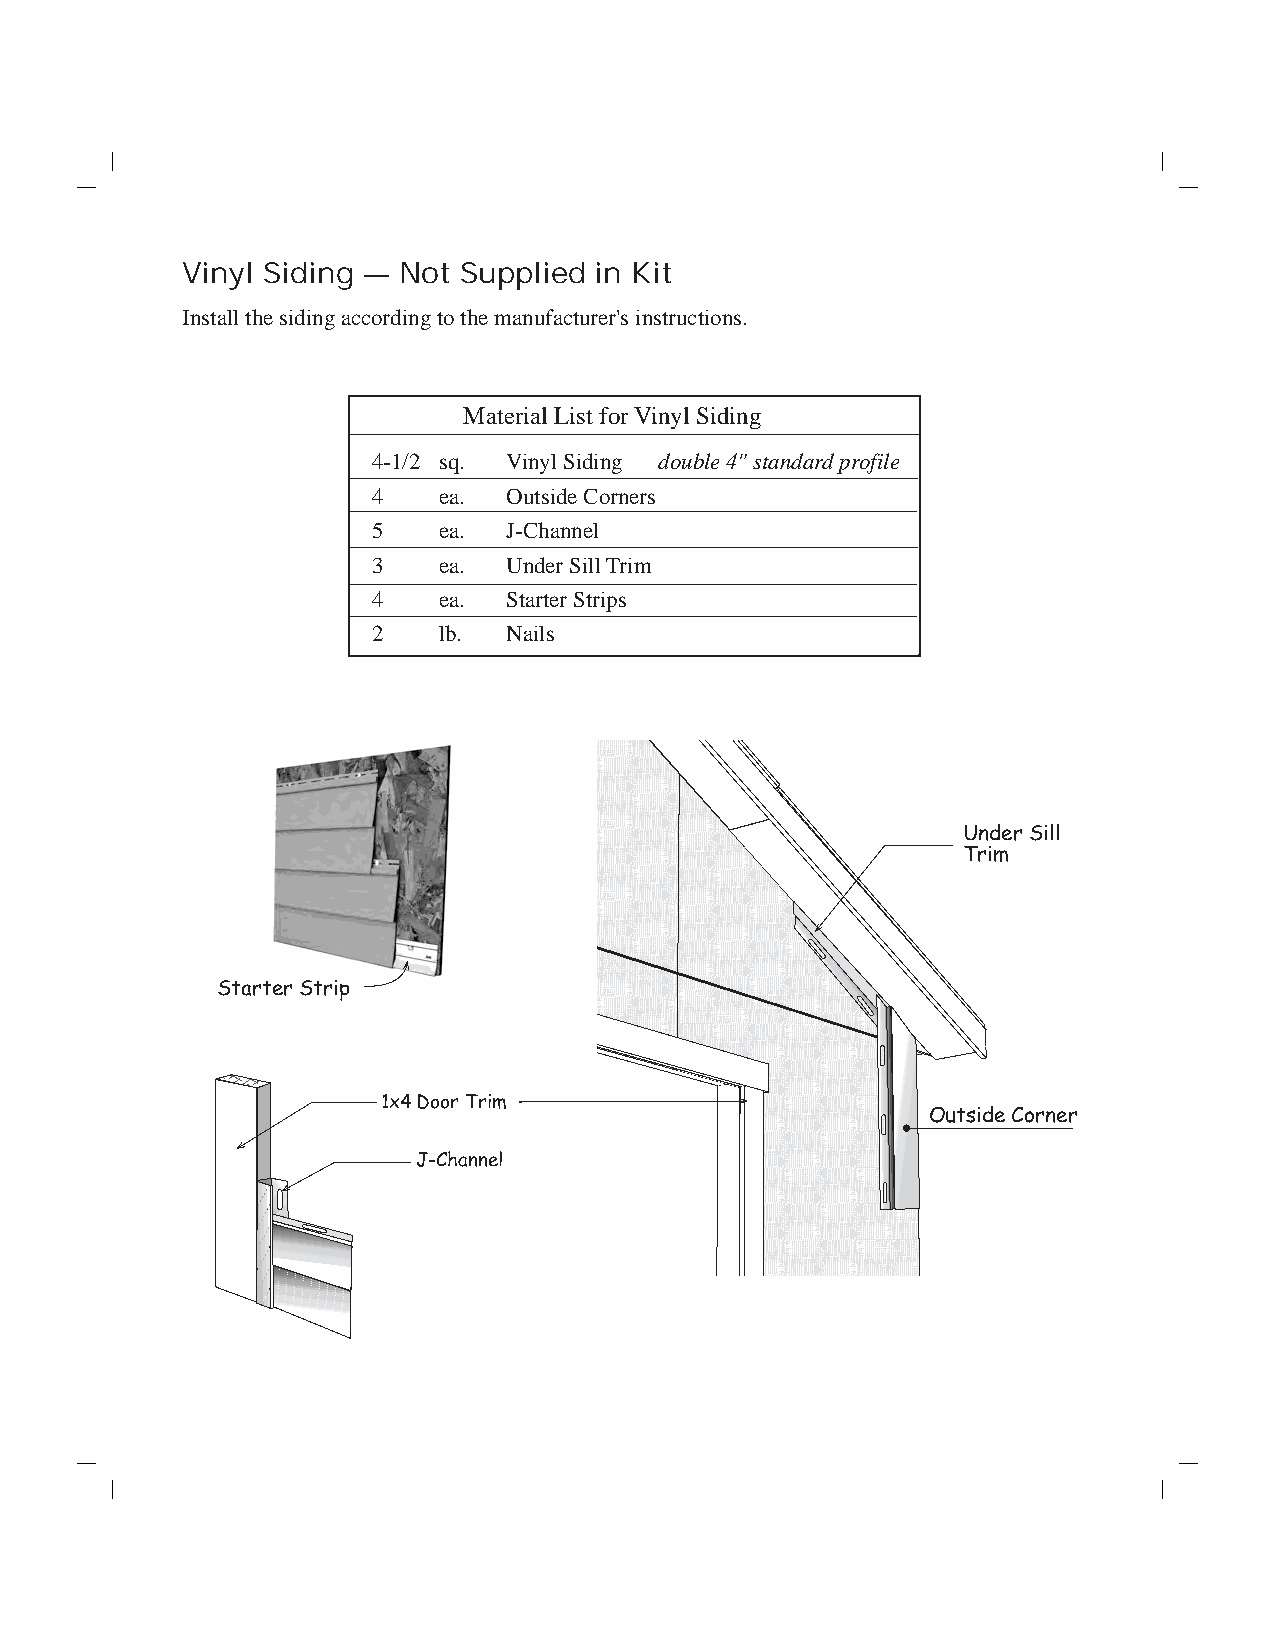
Vinyl Siding — Not Supplied in Kit
 Install the siding according to the manufacturer's instructions.
 Material List for Vinyl Siding
 4-1/2 sq. Vinyl Siding double 4" standard profile
 4   ea.  Outside Corners
 5   ea.  J-Channel
 3   ea.  Under Sill Trim
 4   ea.  Starter Strips
 2   lb.  Nails
 Under Sill
 Trim
 Starter Strip
 1x4 Door Trim
 Outside Corner
 J-Channel